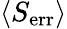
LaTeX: \langle S_{\mathrm{err}}\rangle